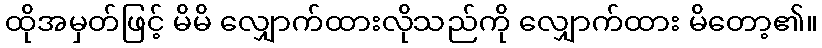
ထိုအမှတ်ဖြင့် မိမိ လျှောက်ထားလိုသည်ကို လျှောက်ထား မိတော့၏။